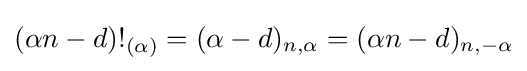
(\alpha n-d)!_{(\alpha )}=(\alpha -d)_{n,\alpha }=(\alpha n-d)_{n,-\alpha }